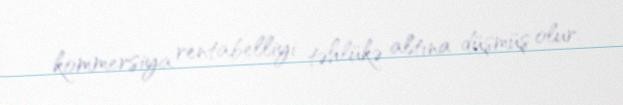
kommersiya rentabelliyi təhlükə altına düşmüş olur.